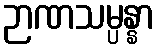
ဉာဏသမ္ပန္နာ